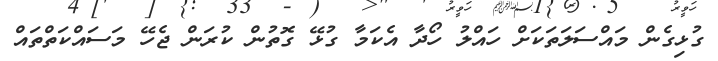
ގުޅިގެން މައްސަލަތަކަށް ހައްލު ހޯދާ އެކަމާ ގުޅޭ ގޮތުން ކުރަން ޖެހޭ މަސައްކަތްތައް